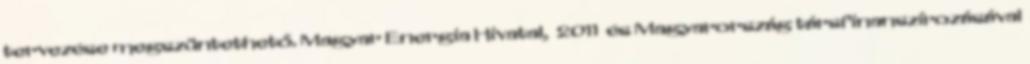
tervezése megszüntethető. Magyar Energia Hivatal, 2011 és Magyarország társfinanszírozásával